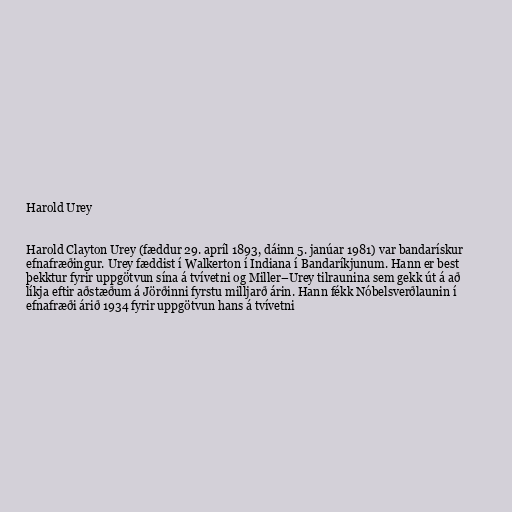
Harold Urey

Harold Clayton Urey (fæddur 29. apríl 1893, dáinn 5. janúar 1981) var bandarískur
efnafræðingur. Urey fæddist í Walkerton í Indiana í Bandaríkjunum. Hann er best
þekktur fyrir uppgötvun sína á tvívetni og Miller–Urey tilraunina sem gekk út á að
líkja eftir aðstæðum á Jörðinni fyrstu milljarð árin. Hann fékk Nóbelsverðlaunin í
efnafræði árið 1934 fyrir uppgötvun hans á tvívetni